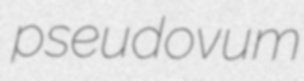
pseudovum